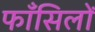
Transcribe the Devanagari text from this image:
फाँसिलों